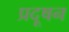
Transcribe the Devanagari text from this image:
प्रदूषन